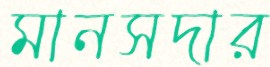
মানসদার